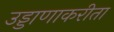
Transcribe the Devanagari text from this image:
उड्डाणाकरीता